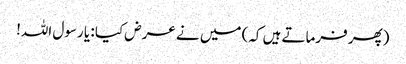
(پھر فرماتے ہیں کہ) میں نے عرض کیا : یا رسول اللہ!